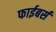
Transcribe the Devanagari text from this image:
फाईबर्स